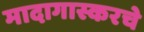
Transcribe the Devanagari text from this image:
मादागास्करचे